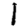
Digit: 1